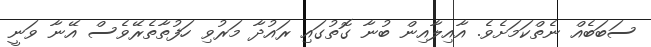
ސަބަބެއް ނެތްކަމަށެވެ. އާއިލާއިން ބުނާ ގޮތުގައި ރައުދާ މަރުވި ހަފުތާތެރޭވެސް އޭނާ ވަނީ